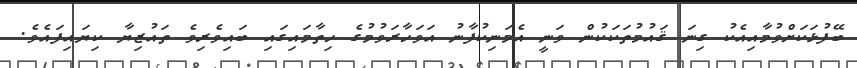
ބޭފުޅަކަށްވުމާއިއެކު ގިނަ ޤައުމުތަކަކުން ވަނީ އެމަނިކުފާނު އަވަހާރަވުމުގެ ހިތާމައިގައި ބައިވެރިވެ ތައުޒިޔާ ކިޔައިފައެވެ.